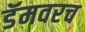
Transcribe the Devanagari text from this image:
डॅमवरच